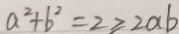
a ^ { 2 } + b ^ { 2 } = 2 \geq 2 a b